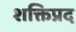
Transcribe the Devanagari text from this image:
शक्तिप्रद